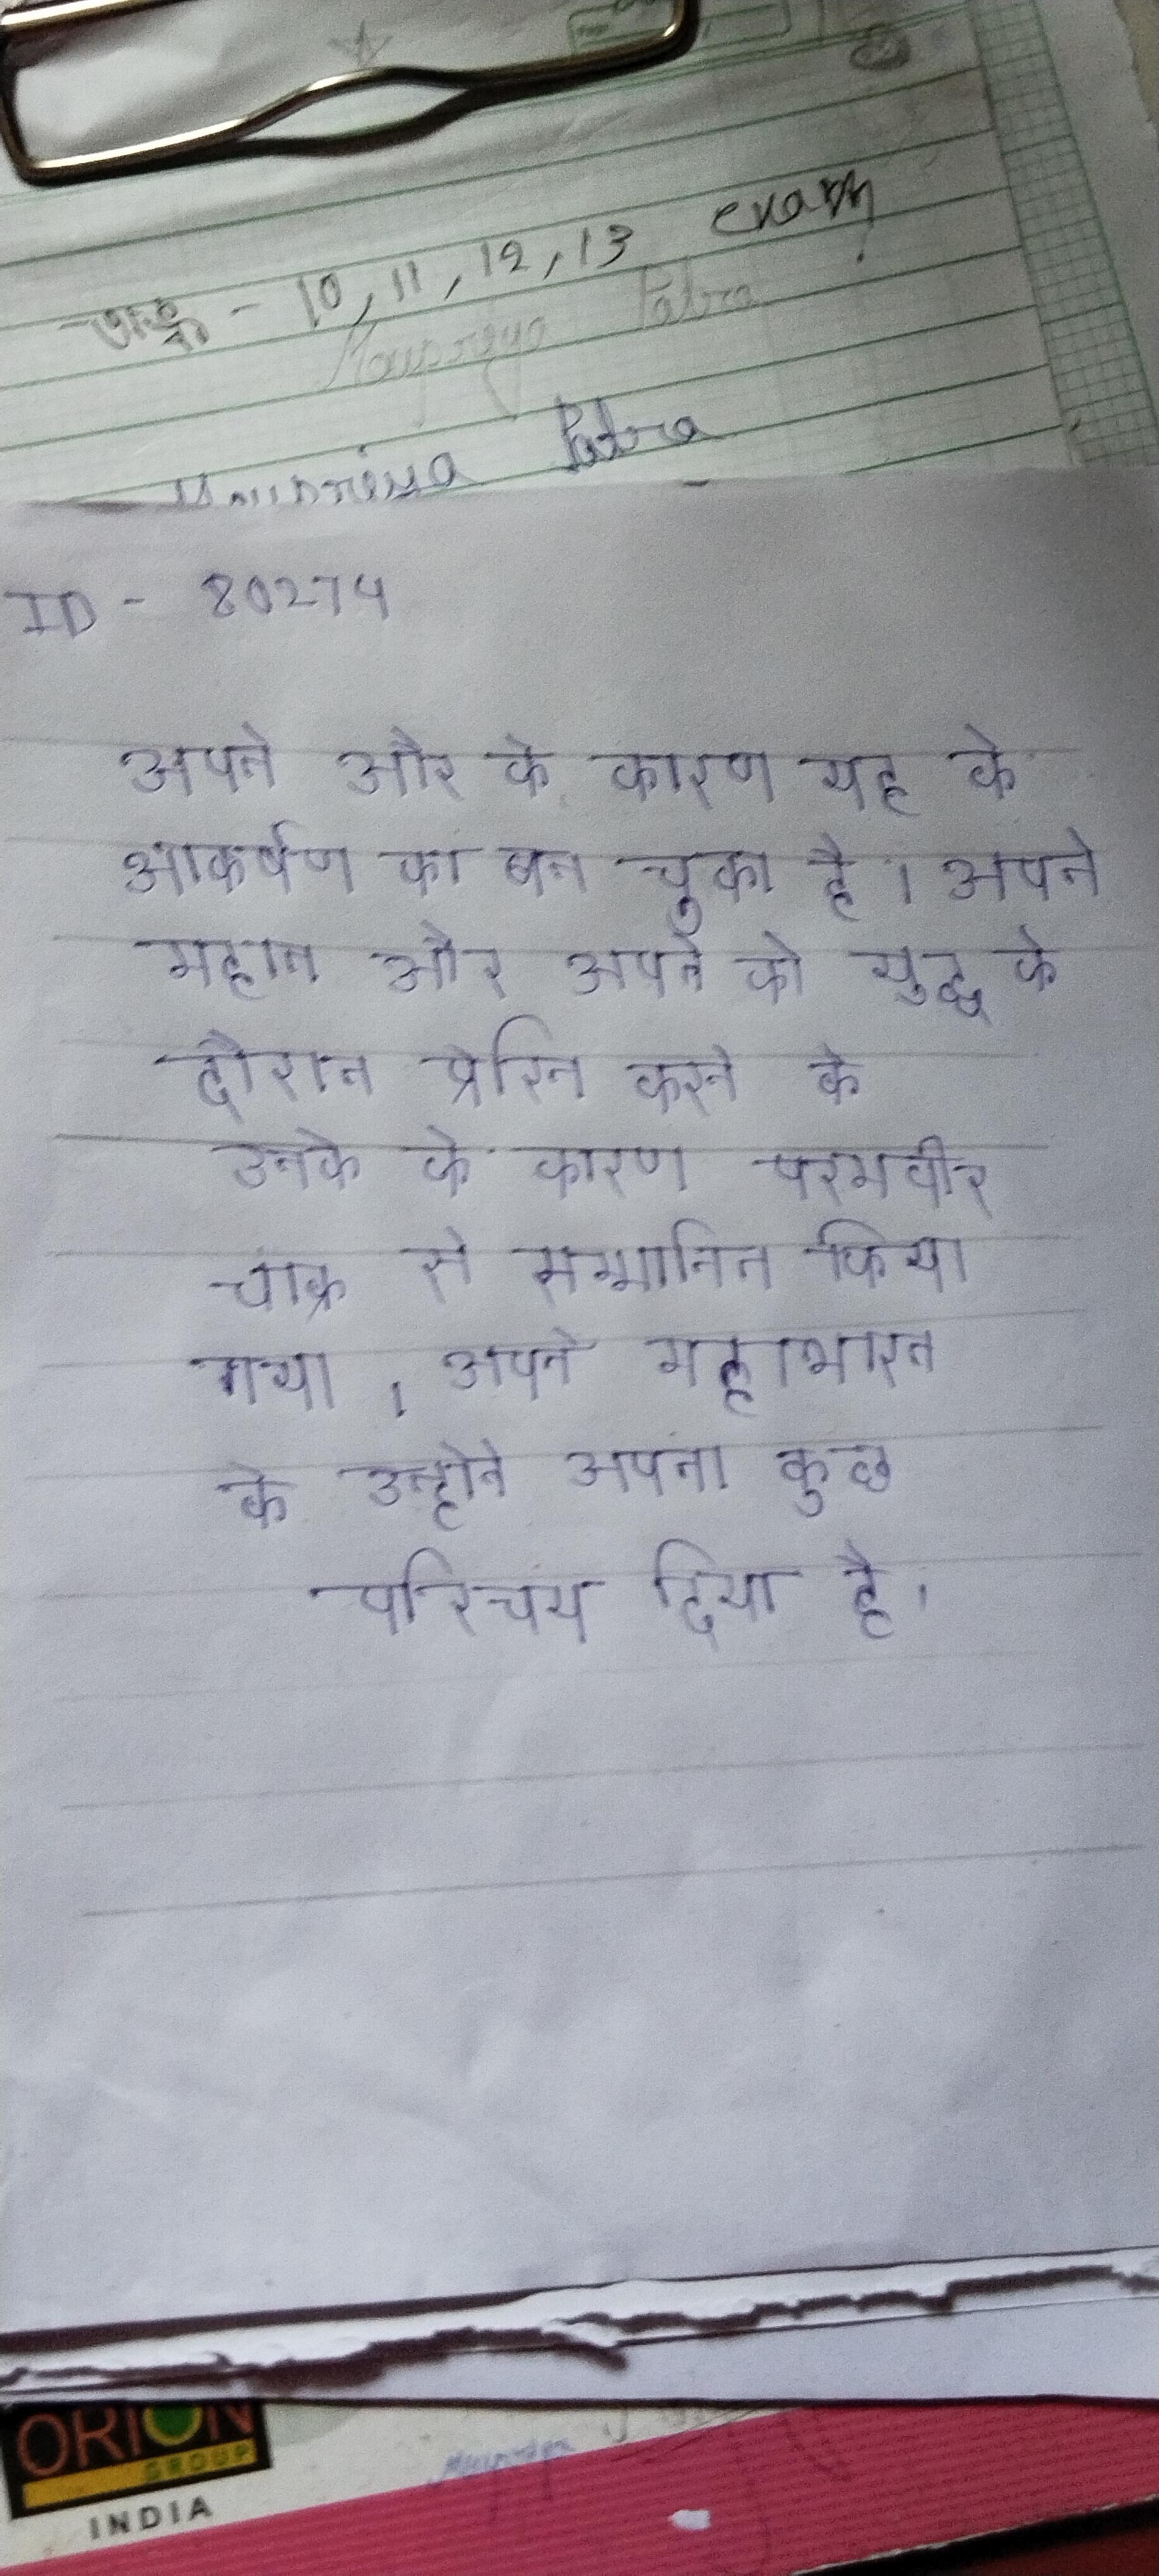
अपने और के कारण यह के आकर्षण का बन चुका है । अपने महान और अपने को युद्ध के दौरान प्रेरित करने के उनके के कारण परमवीर चक्र से सम्मानित किया गया । अपने महाभारत के उन्होने अपना कुछ परिचय दिया है ।